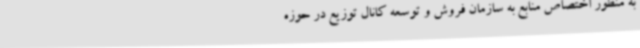
به منظور اختصاص منابع به سازمان فروش و توسعه کانال توزیع در حوزه